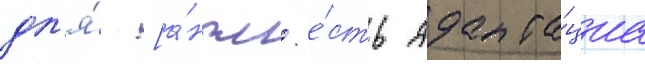
дл'я́ [а́нгл. е́сть адапта́циа